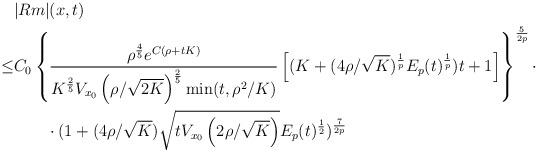
LaTeX: \begin{align*}&|Rm|(x,t)\\\le&C_0\left\{\frac{\rho^{\frac{4}{5}}e^{C(\rho+tK)}}{K^{\frac{2}{5}}V_{x_0}\left(\rho/\sqrt{2K}\right)^{\frac{2}{5}}\min(t,\rho^2/K)}\left[(K+(4\rho/\sqrt{K})^{\frac{1}{p}}E_p(t)^{\frac{1}{p}})t+1\right]\right\}^{\frac{5}{2p}}\cdot\\&\qquad\cdot (1+(4\rho/\sqrt{K})\sqrt{tV_{x_0}\left(2\rho/\sqrt{K}\right)}E_p(t)^{\frac{1}{2}})^{\frac{7}{2p}}\end{align*}